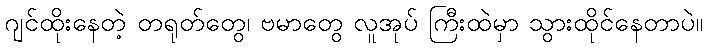
ဂျင်ထိုးနေတဲ့ တရုတ်တွေ၊ ဗမာတွေ လူအုပ် ကြီးထဲမှာ သွားထိုင်နေတာပဲ။